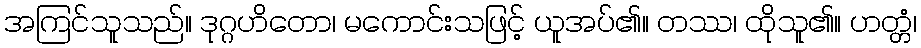
အကြင်သူသည်။ ဒုဂ္ဂဟိတော၊ မကောင်းသဖြင့် ယူအပ်၏။ တဿ၊ ထိုသူ၏။ ဟတ္တံ၊